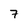
Character: 7